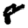
Digit: 8